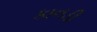
કાનડી